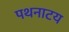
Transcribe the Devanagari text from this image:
पथनाटय